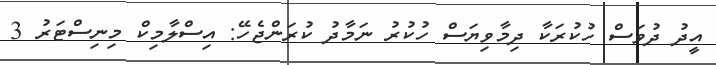
އީދު ދުވަސް ހުކުރަކާ ދިމާވިޔަސް ހުކުރު ނަމާދު ކުރަންޖެހޭ: އިސްލާމިކް މިނިސްޓަރު 3